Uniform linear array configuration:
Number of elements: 64
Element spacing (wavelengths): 0.25
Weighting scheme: kaiser
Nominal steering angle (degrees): -45
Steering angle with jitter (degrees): -46.218
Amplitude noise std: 0.05
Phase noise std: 0.05

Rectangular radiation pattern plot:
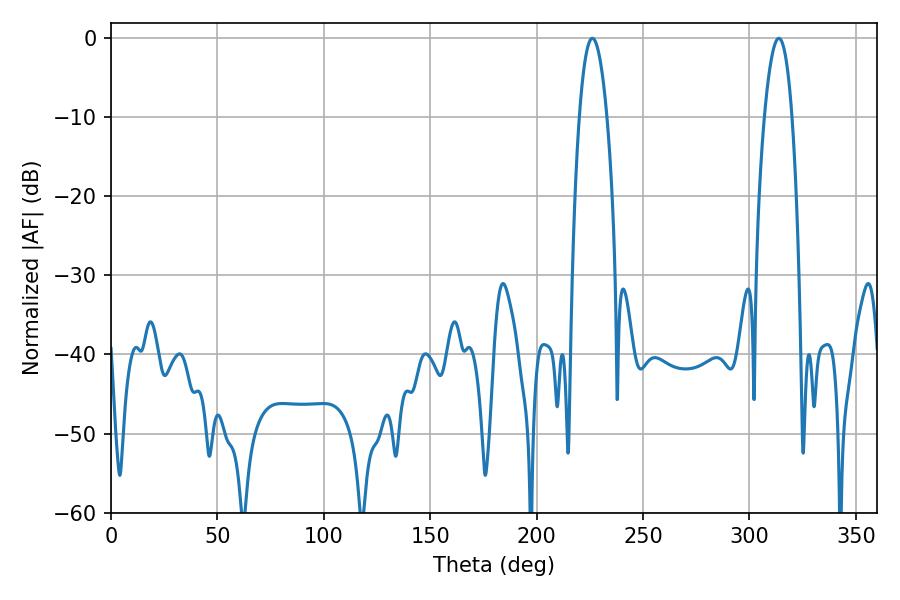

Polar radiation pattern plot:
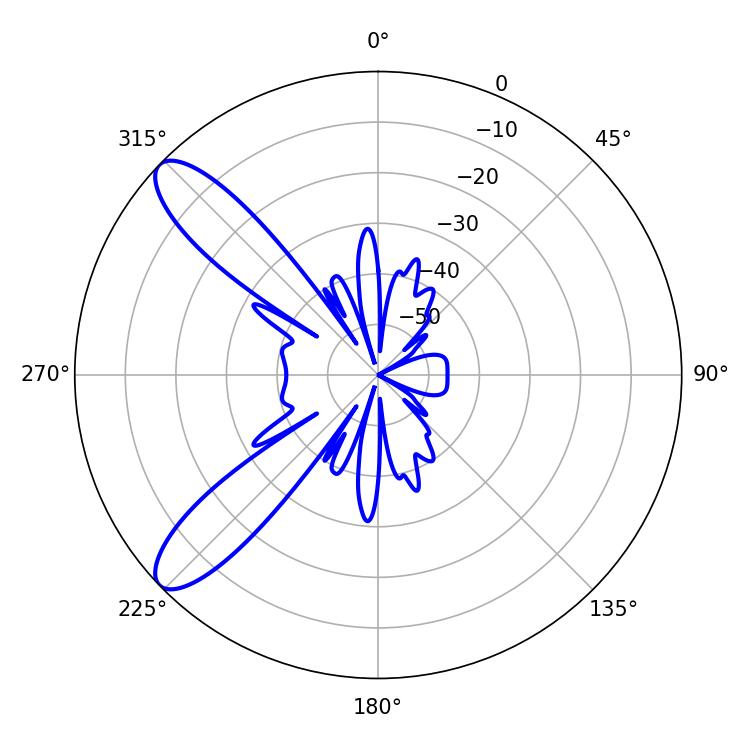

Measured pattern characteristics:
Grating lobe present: FALSE
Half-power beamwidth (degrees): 7.2
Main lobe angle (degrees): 313.74